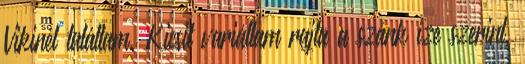
Vikinél találtam. Kicsit variáltam rajta a szánk íze szerint,